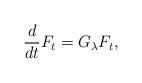
LaTeX: \begin{align*}\frac{d}{dt}F_t=G_\lambda F_t,\end{align*}